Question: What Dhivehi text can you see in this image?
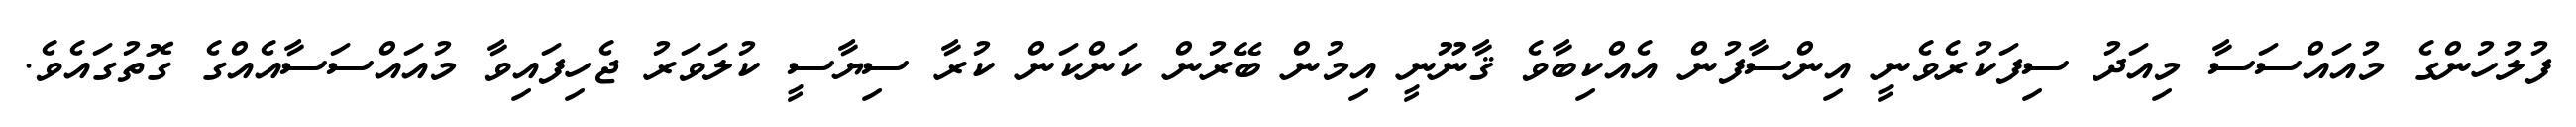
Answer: ފުލުހުންގެ މުއައްސަސާ މިއަދު ސިފަކުރެވެނީ އިންސާފުން އެއްކިބާވެ ޤާނޫނީ އިމުން ބޭރުން ކަންކަން ކުރާ ސިޔާސީ ކުލަވަރު ޖެހިފައިވާ މުއައްސަސާއެއްގެ ގޮތުގައެވެ.